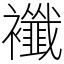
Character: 襳